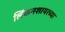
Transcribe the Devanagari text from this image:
लिंकनशायरच्या